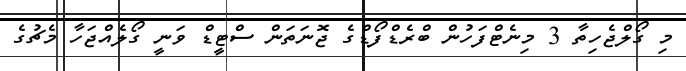
މި ގޯލްޖެހިތާ 3 މިނެޓްފަހުން ބްރެޑްފޯޑްގެ ޖޮނަތަން ސްޓީޑް ވަނީ ގޯލެއްޖަހާ މެޗުގެ